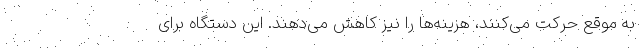
به موقع حرکت می‌کنند، هزینه‌ها را نیز کاهش می‌دهند. این دستگاه برای